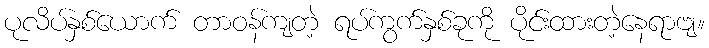
ပုလိပ်နှစ်ယောက် တာဝန်ကျတဲ့ ရပ်ကွက်နှစ်ခုကို ပိုင်းထားတဲ့နေရာဗျ။